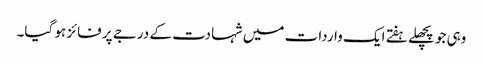
وہی جو پچھلے ہفتے ایک واردات میں شہادت کے درجے پر فائز ہو گیا۔